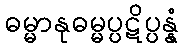
ဓမ္မာနုဓမ္မပ္ပဋိပ္ပန္နံ